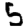
Digit: 5